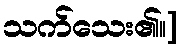
သက်သေး၏။]